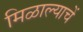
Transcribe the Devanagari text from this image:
मिळाल्याचें